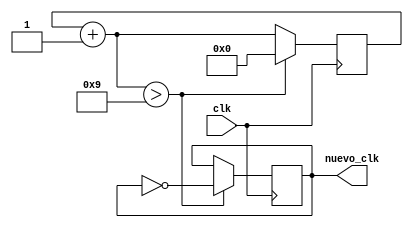
module E5_Contador1dig (input clk, output reg nuevo_clk);

reg [3:0] contador;

always @(posedge clk)
begin
	contador=contador+1;
	if (contador>4'd9)
	begin
		contador=0;
		nuevo_clk=~nuevo_clk;
	end
end

initial
begin
nuevo_clk=0;
contador=4'd0; //solo es necesario para simulacion cuando se usan registros
end

endmodule